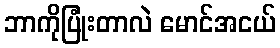
ဘာကိုပြုံးတာလဲ မောင်အငယ်